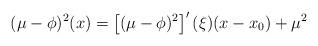
LaTeX: \begin{align*}(\mu-\phi)^2(x)= \left[(\mu - \phi)^2\right]^\prime(\xi)(x-x_0)+\mu^2\end{align*}